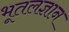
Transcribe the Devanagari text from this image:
भूतलज्ञान